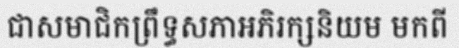
ជាសមាជិកព្រឹទ្ធសភាអភិរក្សនិយម មកពី